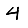
Digit: 4